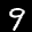
Label: 9